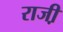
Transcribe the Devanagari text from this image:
राजी़